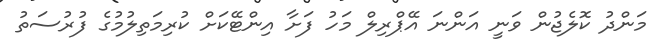
މަންދު ކޮލެޖުން ވަނީ އަންނަ އޭޕްރިލް މަހު ފަށާ އިންޓޭކަށް ކުރިމަތިލުމުގެ ފުރުސަތު